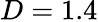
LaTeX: D=1.4